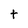
Character: t